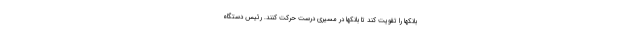
بانکها را تقویت کند تا بانکها در مسیری درست حرکت کنند. رئیس دستگاه